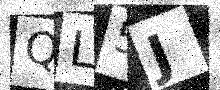
Text: QL5J